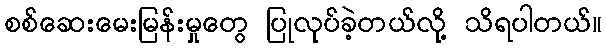
စစ်ဆေးမေးမြန်းမှုတွေ ပြုလုပ်ခဲ့တယ်လို့ သိရပါတယ်။